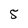
Character: 5